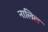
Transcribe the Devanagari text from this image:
नालिल